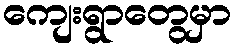
ကျေးရွာတွေမှာ